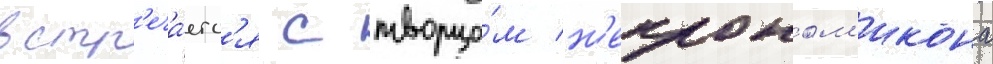
встр'еча́етс'я с творцо́м н'екроном'икона